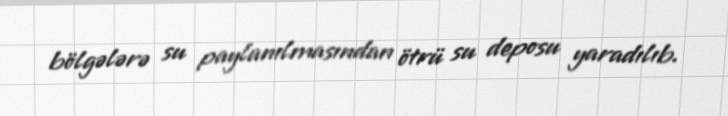
bölgələrə su paylanılmasından ötrü su deposu yaradılıb.